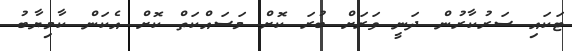
ޓަކައި ސަރުކާރުން ދަނީ ވަރަށް ބުރަ ކޮށް މަސައްކަތް ކޮށް އެކަން ކާމިޔާބު